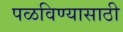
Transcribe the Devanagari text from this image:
पळविण्यासाठी